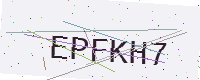
Text: EPFKH7